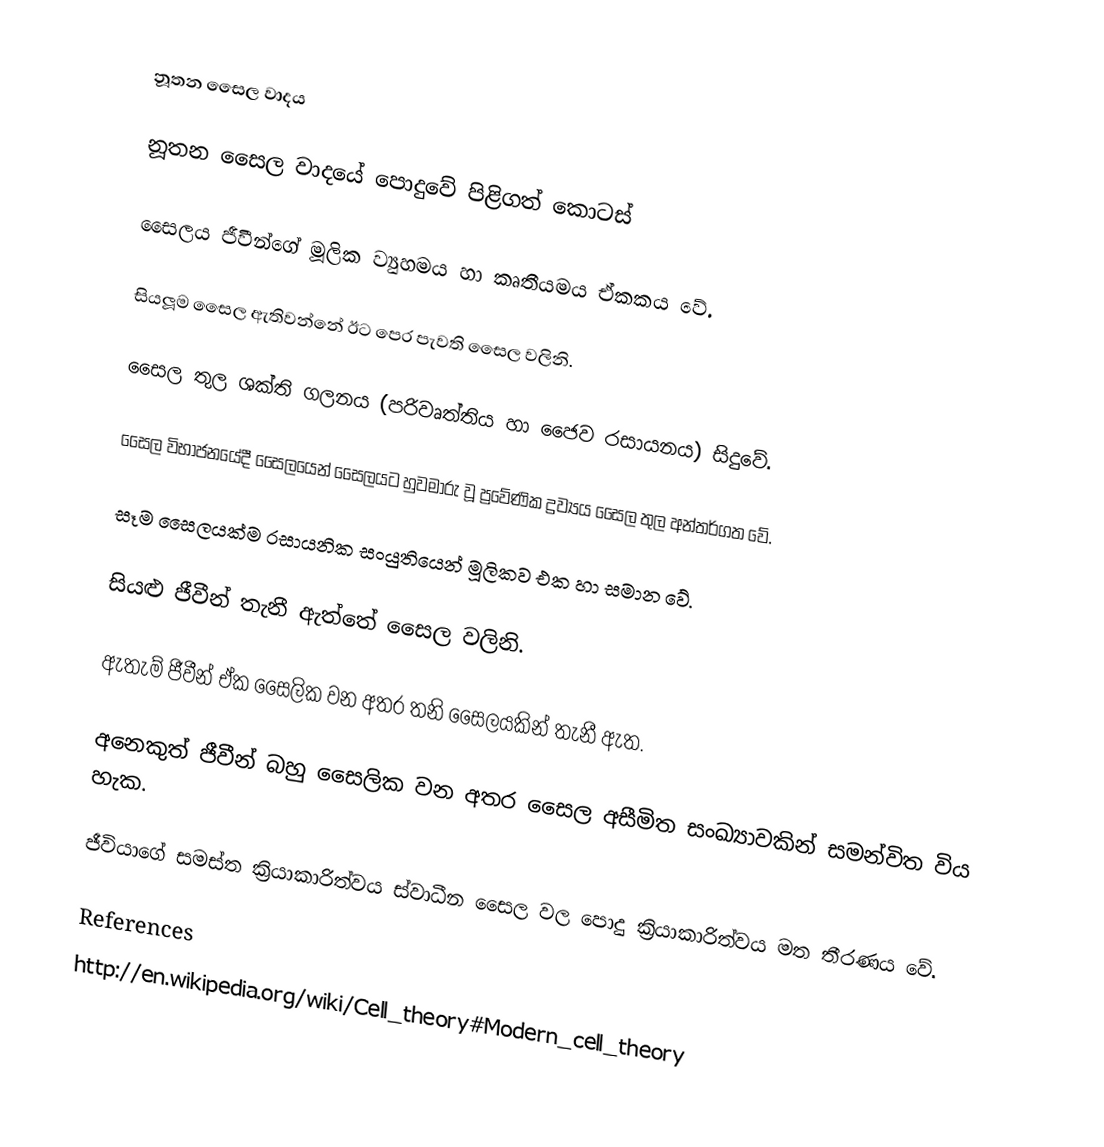
නූතන සෛල වාදය

නූතන සෛල වාදයේ පොදුවේ පිළිගත් කොටස්

	සෛලය ජීවීන්ගේ මූලික ව්‍යුහමය හා කෘතීයමය ඒකකය වේ.

	සියලූම සෛල ඇතිවන්නේ ඊට පෙර පැවති සෛල වලිනි.

	සෛල තුල ශක්ති ගලනය (පරිවෘත්තිය හා ජෛව රසායනය) සිදුවේ.

	සෛල විභාජනයේදී සෛලයෙන් සෛලයට හුවමාරු වූ ප්‍රවේණික ද්‍රව්‍යය සෛල තුල අන්තර්ගත වේ.

	සෑම සෛලයක්ම රසායනික සංයුතියෙන් මූලිකව එක හා සමාන වේ.

	සියළු ජීවීන් තැනී ඇත්තේ සෛල වලිනි.

	ඇතැම් ජීවීන් ඒක සෛලික වන අතර තනි සෛලයකින් තැනී ඇත.

	අනෙකුත් ජීවීන් බහු සෛලික වන අතර සෛල අසීමිත සංඛ්‍යාවකින් සමන්විත විය හැක.

	ජීවියාගේ සමස්ත ක්‍රියාකාරිත්වය ස්වාධීන සෛල වල පොදු ක්‍රියාකාරිත්වය  මත තීරණය වේ.

References
http://en.wikipedia.org/wiki/Cell_theory#Modern_cell_theory